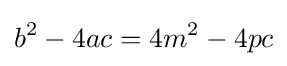
b^{2}-4ac=4m^{2}-4pc